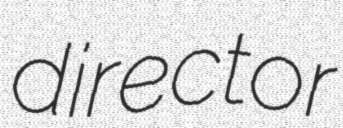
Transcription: director